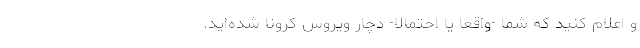
و اعلام کنید که شما -واقعاً یا احتمالاً- دچار ویروس کرونا شده‌اید.